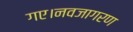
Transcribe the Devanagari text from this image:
गए।नवजागरण